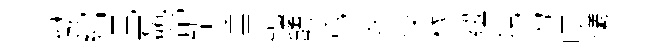
鱗綰見磊郤錯垂鏤醴爲衰役稼紐規力嘆犧